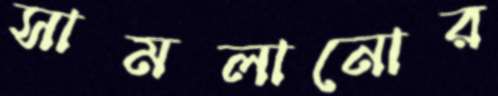
সামলানোর